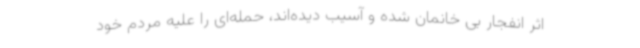
اثر انفجار بی خانمان شده و آسیب دیده‌اند، حمله‌ای را علیه مردم خود